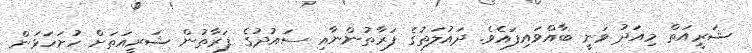
ޝަރީއަތް މިއަދު ވަނީ ބާއްވައިފައެވެ. ދައުލަތުގެ ފަރާތުންނާއި ސައުދުގެ ފަރާތުން ޝަރީއަތަށް ހުށަހަޅަން